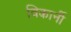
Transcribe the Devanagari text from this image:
विकार्नी